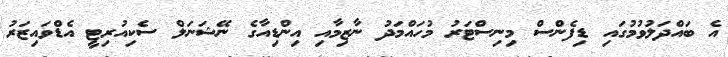
އެ ބައްދަލުވުމުގައި ޑިފެންސް މިނިސްޓަރު މުހައްމަދު ނާޒިމާއި އިންޑިއާގެ ނޭޝަނަލް ސެކިއުރިޓީ އެޑްވައިޒަރު